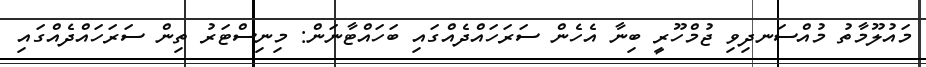
މައުލޫމާތު މުއްސަނދިވި ޖުމްހޫރީ ބިނާ އެހެން ސަރަހައްދެއްގައި ބަަހައްޓާނަން: މިނިސްޓަރު ތިން ސަރަަހައްދެއްގައި